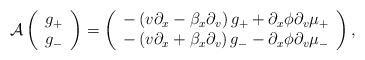
LaTeX: \begin{align*}\mathcal{A}\left(\begin{array}[c]{c}g_{+}\\g_{-}\end{array}\right) =\left(\begin{array}[c]{c}-\left( v\partial_{x}-\beta_{x}\partial_{v}\right) g_{+}+\partial_{x}\phi\partial_{v}\mu_{+}\\-\left( v\partial_{x}+\beta_{x}\partial_{v}\right) g_{-}-\partial_{x}\phi\partial_{v}\mu_{-}\end{array}\right) , \end{align*}